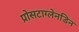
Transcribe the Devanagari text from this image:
प्रोसटाग्लेनडिन